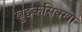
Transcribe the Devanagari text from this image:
खुद्दकसिक्खा